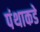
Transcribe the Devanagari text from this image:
पंथाकडे